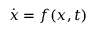
\dot { x } = f ( x , t )